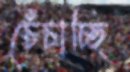
চেঁচাচ্ছি